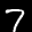
Label: 7